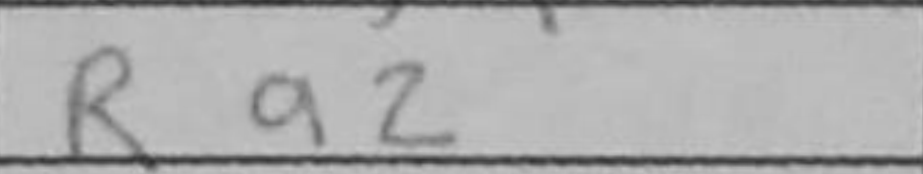
Transcription: Ra2